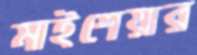
মাইশেয়ার